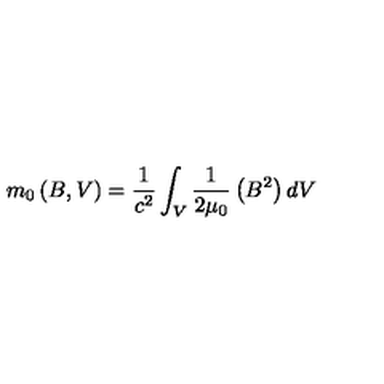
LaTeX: m _ { 0 } \left( B , V \right) = \frac { 1 } { c ^ { 2 } } \int _ { V } \frac { 1 } { 2 \mu _ { 0 } } \left( B ^ { 2 } \right) d V